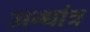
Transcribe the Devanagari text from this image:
अन्धांत्र